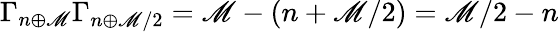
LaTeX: \Gamma_{n\oplus\mathscr{M}}\Gamma_{n\oplus\mathscr{M}/2}=\mathscr{M}-(n+\mathscr{M}/2)=\mathscr{M}/2-n